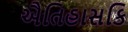
ઐતિહાસકિ